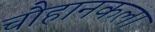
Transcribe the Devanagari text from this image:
चौहानकला